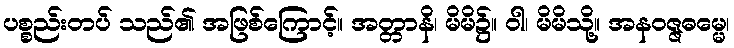
ပစ္စည်းတပ် သည်၏ အဖြစ်ကြောင့်။ အတ္တာနိ၊ မိမိ၌။ ဝါ၊ မိမိသို့။ အနဝဇ္ဇဓမ္မေ၊